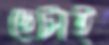
ছেটাই